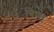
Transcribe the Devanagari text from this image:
बिण्त